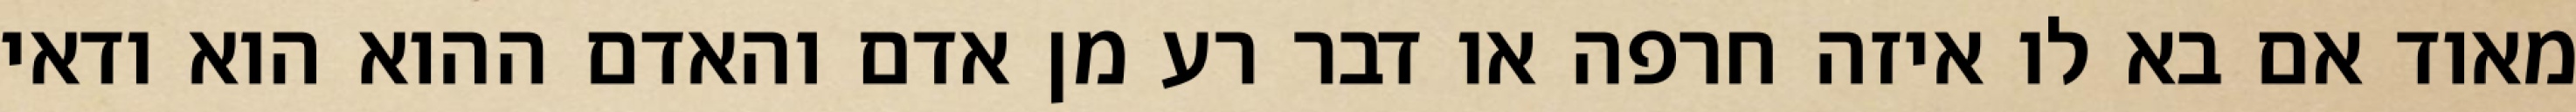
מאוד אם בא לו איזה חרפה או דבר רע מן אדם והאדם ההוא הוא ודאי